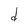
Character: d